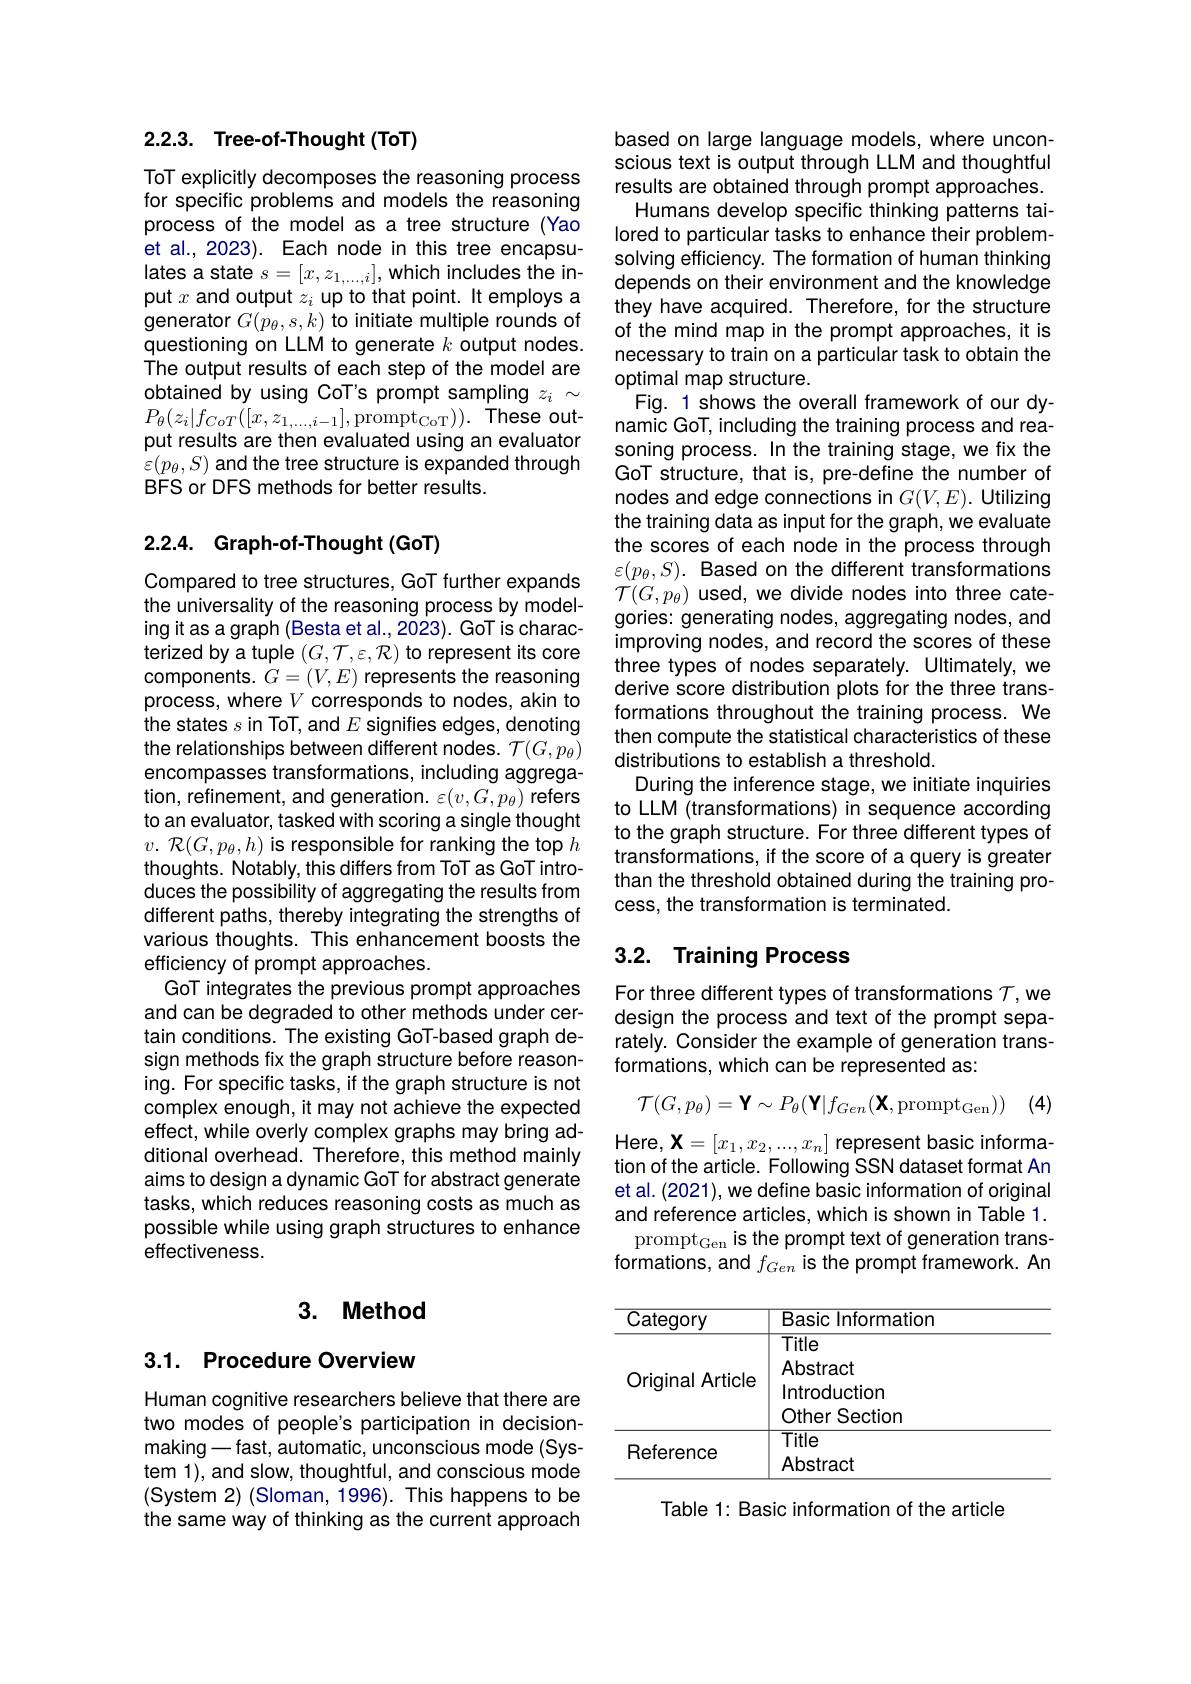
## 2.2.3. Tree-of-Thought(ToT)

ToT explicitly decomposes the reasoning process for specific problems and models the reasoning process of the model as a tree structure (Yao et al., 2023). Each node in this tree encapsulates a state $s=[x,z_{1,\ldots,i}]$,which includes the input $x$ and output $z_i$ up to that point. It employs a generator $G(p_{\theta},s,k)$ to initiate multiple rounds of questioning on LLM to generate $k$ output nodes. The output results of each step of the model are obtained by using CoT's prompt sampling $z_i\sim$ $P_{\theta}(z_{i}|f_{CoT}([x,z_{1,\ldots,i-1}]$,prompt$_\mathrm{CoT})).$These output results are then evaluated using an evaluator $\varepsilon(p_{\theta},S)$ and the tree structure is expanded through BFS or DFS methods for better results.

## 2.2.4. Graph-of-Thought(GoT)

Compared to tree structures, GoT further expands the universality of the reasoning process by modeling it as a graph (Besta et al., 2023). GoT is characterized by a tuple $(G,\mathcal{T},\varepsilon,\mathcal{R})$ to represent its core components. $\dot{G}=(V,E)$ represents the reasoning process, where $V$ corresponds to nodes, akin to the states $s$ in ToT, and $E$ signifies edges, denoting the relationships between different nodes. $\mathcal{T}(G,p_{\theta})$ encompasses transformations, including aggregation, refinement, and generation. $\varepsilon(v,G,p_{\theta})$ refers to an evaluator, tasked with scoring a single thought $v.~\mathcal{R}(G,p_\theta,h)$ is responsible for ranking the top $h$ thoughts. Notably, this differs from ToT as GoT introduces the possibility of aggregating the results from different paths, thereby integrating the strengths of various thoughts. This enhancement boosts the efficiency of prompt approaches.
GoT integrates the previous prompt approaches and can be degraded to other methods under certain conditions. The existing GoT-based graph design methods fix the graph structure before reasoning. For specific tasks, if the graph structure is not complex enough, it may not achieve the expected effect, while overly complex graphs may bring additional overhead. Therefore, this method mainly aims to design a dynamic GoT for abstract generate tasks, which reduces reasoning costs as much as possible while using graph structures to enhance effectiveness.

## 3. Method

## 3.1. Procedure Overview

Human cognitive researchers believe that there are two modes of people's participation in decisionmaking\_ fast, automatic, unconscious mode (System 1), and slow, thoughtful, and conscious mode (System 2) (Sloman, 1996). This happens to be the same way of thinking as the current approach

based on large language models, where unconscious text is output through LLM and thoughtful results are obtained through prompt approaches. Humans develop specific thinking patterns tailored to particular tasks to enhance their problemsolving efficiency. The formation of human thinking depends on their environment and the knowledge they have acquired. Therefore, for the structure of the mind map in the prompt approaches, it is necessary to train on a particular task to obtain the optimal map structure.
Fig. 1 shows the overall framework of our dynamic GoT, including the training process and reasoning process. In the training stage, we fix the GoT structure, that is, pre-define the number of nodes and edge connections in $G(V,E).$ Utilizing the training data as input for the graph, we evaluate the scores of each node in the process through $\varepsilon(p_\theta,S).$ Based on the different transformations $\mathcal{T}(G,p_{\theta})$ used, we divide nodes into three categories: generating nodes, aggregating nodes, and improving nodes, and record the scores of these three types of nodes separately. Ultimately, we derive score distribution plots for the three transformations throughout the training process. We then compute the statistical characteristics of these distributions to establish a threshold.
During the inference stage, we initiate inquiries to LLM (transformations) in sequence according to the graph structure. For three different types of transformations, if the score of a query is greater than the threshold obtained during the training process, the transformation is terminated.

# 3.2. Training Process

For three different types of transformations $T$,we design the process and text of the prompt separately. Consider the example of generation transformations, which can be represented as:
$$\mathcal{T}(G,p_\theta)=\mathbf{Y}\sim P_\theta(\mathbf{Y}|f_{Gen}(\mathbf{X},\mathrm{prompt}_{\mathrm{Gen}}))$$
(4)

Here, $\mathbf{X}=[x_1,x_2,...,x_n]$ represent basic information of the article. Following SSN dataset format An et al. (2021), we define basic information of original and reference articles, which is shown in Table 1. prompt$_\mathrm{Gen}$ is the prompt text of generation transformations, and $f_{Gen}$ is the prompt framework. An

<table>
	<tbody>
		<tr>
			<th>Category</th>
			<th>Basic Information</th>
		</tr>
		<tr>
			<td>Original Article</td>
			<td>Title Abstract Introduction Other Section</td>
		</tr>
		<tr>
			<td>Reference</td>
			<td>Title Abstract</td>
		</tr>
	</tbody>
</table>

Table 1: Basic information of the article